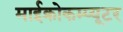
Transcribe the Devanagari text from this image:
माईक्रोकम्प्यूटर